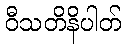
ဝီသတိနိပါတ်